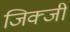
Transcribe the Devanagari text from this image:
जिक्जी